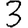
Digit: 3